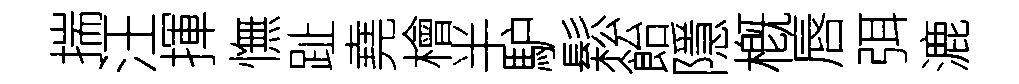
揣汪揮憮趾堯檜半馿鬆飴隱槪唇弭漉